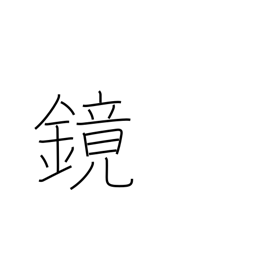
Meaning: barrel-head